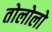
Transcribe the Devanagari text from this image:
तोलोलो